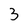
Character: 3